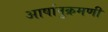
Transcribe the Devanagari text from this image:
आर्षानुक्रमणी